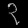
Digit: ၃